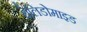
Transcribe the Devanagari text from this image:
थेलिडोमाइड